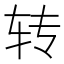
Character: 转